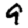
Digit: 9